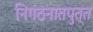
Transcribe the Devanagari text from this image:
निगंठनातपुत्त